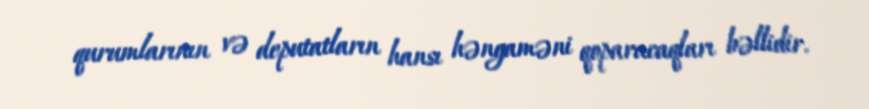
qurumlarının və deputatların hansı həngaməni qoparacaqları bəllidir.